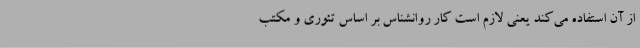
از آن استفاده می‌کند یعنی لازم است کار روانشناس بر اساس تئوری و مکتب